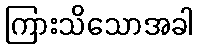
ကြားသိသောအခါ